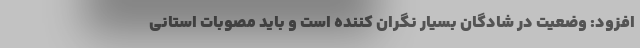
افزود: وضعیت در شادگان بسیار نگران کننده است و باید مصوبات استانی